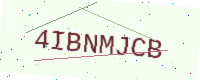
Text: 4IBNMJCB